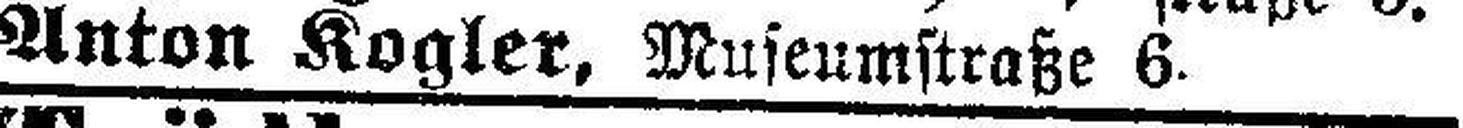
Anton Kogler, Museumstraße 6.